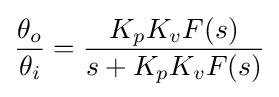
{\frac {\theta _{o}}{\theta _{i}}}={\frac {K_{p}K_{v}F(s)}{s+K_{p}K_{v}F(s)}}